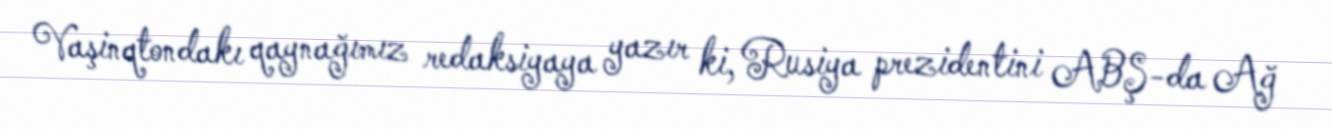
Vaşinqtondakı qaynağımız redaksiyaya yazır ki, Rusiya prezidentini ABŞ-da Ağ